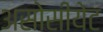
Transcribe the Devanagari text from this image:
असोसीयेट